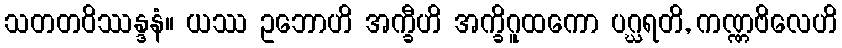
သတတဝိဿန္ဒနံ။ ယဿ ဥဘောဟိ အက္ခီဟိ အက္ခိဂူထကော ပဂ္ဃရတိ, ကဏ္ဏဗိလေဟိ